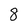
Character: 8